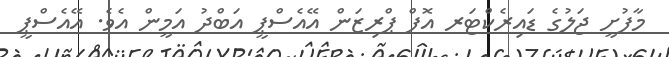
މާފުށީ ޖަލުގެ ޑައިރެކްޓަރ އޮފް ޕްރިޒަން އޭއެސްޕީ އަބްދު އަމީން އެވެ. އޭއެސްޕީ